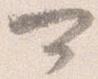
可